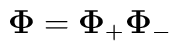
\mathbf{\Phi }=\mathbf{\Phi }_{+}\mathbf{\Phi }_{-}